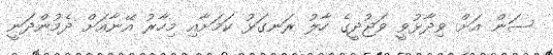
ސަން އަށް ވިދާޅުވީ ވަޖުދީގެ ހާލު ރަނގަޅު ކަމަށާއި މިހާރު އޭނާއަށް ދެމުންދަނީ